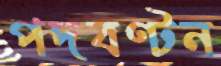
পদবণ্টন